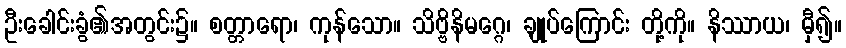
ဦးခေါင်းခွံ၏အတွင်း၌။ စတ္တာရော၊ ကုန်သော။ သိဗ္ဗိနိမဂ္ဂေ၊ ချုပ်ကြောင်း တို့ကို။ နိဿာယ၊ မှီ၍။